画像に写った文字を読んでください
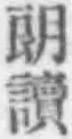
「朗讀」と書いてあります